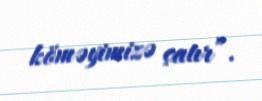
köməyimizə çatır”.